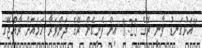
"އަޅުގަނޑު ވާނީ ރޭގެ 8:25 އިން ފެށިގެން ރޭގެ ދަންވަރާ ހަމައަށް ރާއްޖޭގެ